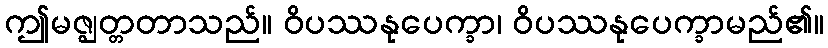
ဤမဇ္ဈတ္တတာသည်။ ဝိပဿနုပေက္ခာ၊ ဝိပဿနုပေက္ခာမည်၏။